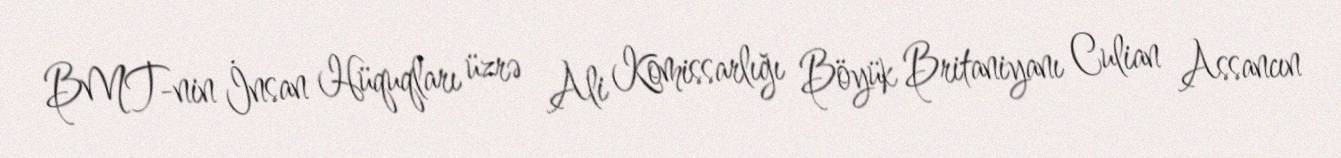
BMT-nin İnsan Hüquqları üzrə Ali Komissarlığı Böyük Britaniyanı Culian Assancın